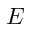
\boldsymbol { E }